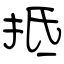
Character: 抵